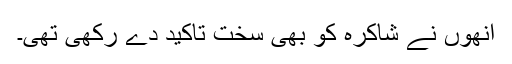
اُنھوں نے شاکرہ کو بھی سخت تاکید دے رکھی تھی۔